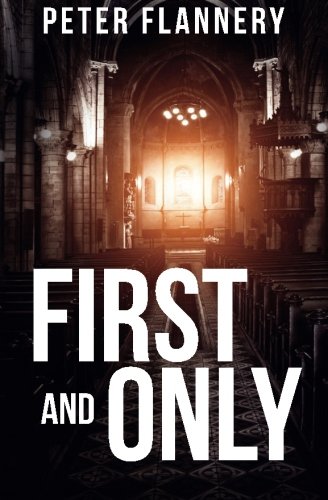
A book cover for First and Only: A psychological thriller; Peter Flannery; Mystery, Thriller & Suspense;